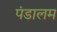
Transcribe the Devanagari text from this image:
पंडालम